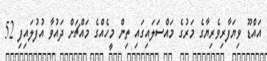
އައްޑޫ ވިޔަފާރިވެރިޔާގެ މަރުގެ މައްސަލައިގައި ތިން މީހެއްގެ މައްޗަށް ދައުވާ އުފުލައިފި 52